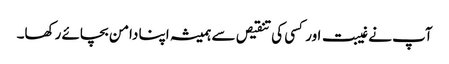
آپ نے غیبت اور کسی کی تنقیص سے ہمیشہ اپنا دامن بچائے رکھا۔